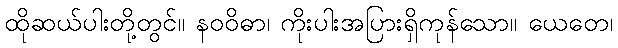
ထိုဆယ်ပါးတို့တွင်။ နဝဝိဓာ၊ ကိုးပါးအပြားရှိကုန်သော။ ယေတေ၊